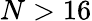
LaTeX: N>16